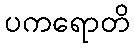
ပကရောတိ